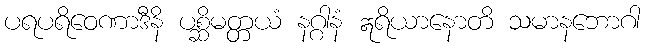
ပရပရိဝေဏာဒီနိ ပစ္ဆိမတ္တယံ နဂ္ဂါနံ ဣရိယာနောတိ သမာနဘောဂါ